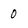
Character: 0